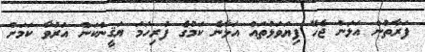
ފަރާތުން އަޅަން ޖެހޭ ފިޔަވަޅުތައް އަޅާނެ ކަމުގެ ފުރިހަމަ ޔަޤީންކަން އަރުވާ ކަމަށް